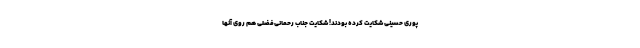
پوری‌ حسینی شکایت کرده بودند! شکایت جناب رحمانی‌فضلی هم روی آنها‌